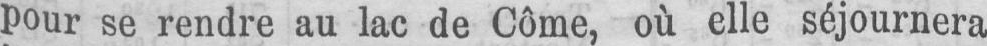
pour se rendre au lac de Côme, où elle séjournera